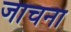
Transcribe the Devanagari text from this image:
जाचना